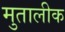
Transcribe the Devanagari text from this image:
मुतालीक